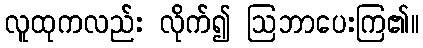
လူထုကလည်း လိုက်၍ ဩဘာပေးကြ၏။